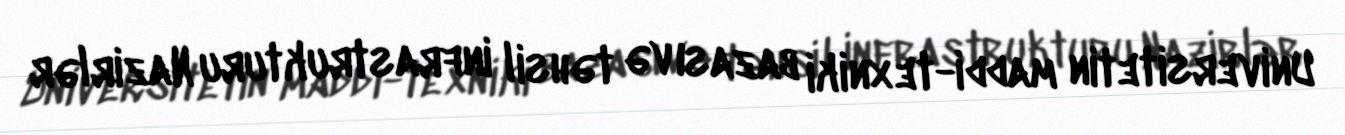
Universitetin maddi-texniki bazası və təhsil infrastrukturu Nazirlər